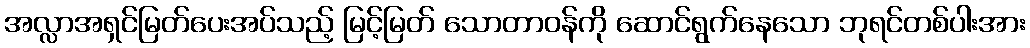
အလ္လာအရှင်မြတ်ပေးအပ်သည့် မြင့်မြတ် သောတာဝန်ကို ဆောင်ရွက်နေသော ဘုရင်တစ်ပါးအား